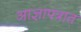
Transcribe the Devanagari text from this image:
आज्ञापत्रात